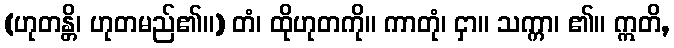
(ဟုတန္တိ၊ ဟုတမည်၏။) တံ၊ ထိုဟုတကို။ ကာတုံ၊ ငှာ။ သက္ကာ၊ ၏။ ဣတိ,